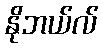
နိုဘယ်လ်